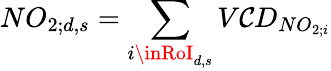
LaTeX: NO_{2;d,s}=\sum_{i\inRoI_{d,s}}V\mathcal{C}D_{NO_{2;i}}